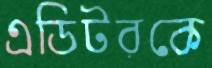
এডিটরকে